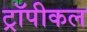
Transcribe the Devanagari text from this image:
ट्रॉपीकल